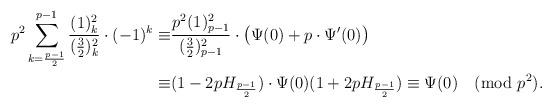
LaTeX: \begin{align*}p^2\sum_{k=\frac{p-1}2}^{p-1}\frac{(1)_k^2}{(\frac32)_k^2}\cdot(-1)^k\equiv&\frac{p^2(1)_{p-1}^2}{(\frac32)_{p-1}^2}\cdot\big(\Psi(0)+p\cdot\Psi'(0)\big)\\\equiv&(1-2pH_{\frac{p-1}2})\cdot\Psi(0)(1+2pH_{\frac{p-1}2})\equiv\Psi(0)\pmod{p^2}.\end{align*}